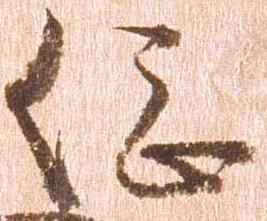
総